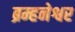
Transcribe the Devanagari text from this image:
ब्रम्हनेश्वर